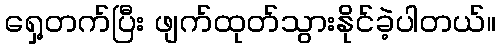
ရှေ့တက်ပြီး ဖျက်ထုတ်သွားနိုင်ခဲ့ပါတယ်။